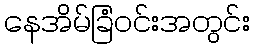
နေအိမ်ခြံဝင်းအတွင်း